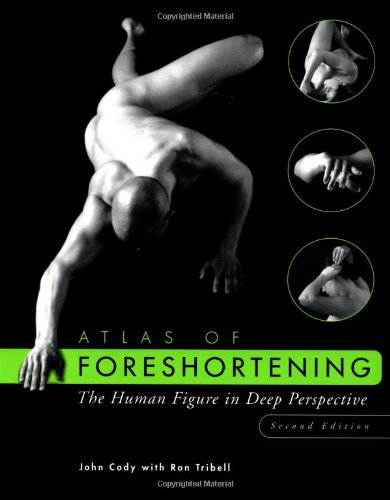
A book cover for Atlas of Foreshortening: The Human Figure in Deep Perspective (Second Edition); John Cody; Arts & Photography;